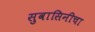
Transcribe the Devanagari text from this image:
सुवासिनीचा